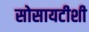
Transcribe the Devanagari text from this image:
सोसायटीशी